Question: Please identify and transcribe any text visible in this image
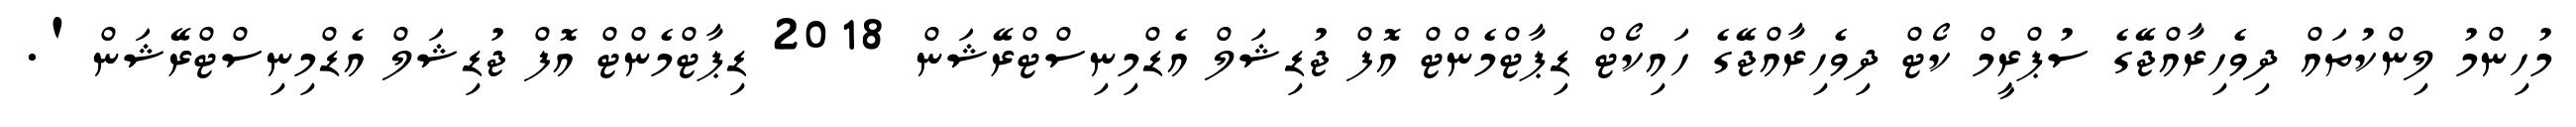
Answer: މުހިންމު ލިންކުތައް ދިވެހިރާއްޖޭގެ ސުޕްރީމް ކޯޓް ދިވެހިރާއްޖޭގެ ހައިކޯޓް ޑިޕާޓްމެންޓް އޮފް ޖުޑިޝަލް އެޑްމިނިސްޓްރޭޝަން 2018 ޑިޕާޓްމެންޓް އޮފް ޖުޑިޝަލް އެޑްމިނިސްޓްރޭޝަން '.